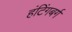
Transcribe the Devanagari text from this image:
हंटिंगबर्ग